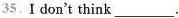
35.I don't think ___